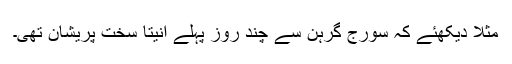
مثلاً دیکھئے کہ سورج گرہن سے چند روز پہلے انیتا سخت پریشان تھی۔